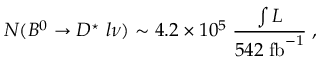
N ( B ^ { 0 } \rightarrow D ^ { \star } \; l \nu ) \sim 4 . 2 \times 1 0 ^ { 5 } \; { \frac { \int \cal { L } } { 5 4 2 \; \mathrm { f b } ^ { - 1 } } } \; ,